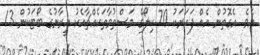
އެވެ. އެގޮތުން އެއް ފަހަރަކު 70 ކިލޯގެ މަސްތުވާތަކެއްޗާއެކު އީރާނުގެ ބޯޓަކުން 13